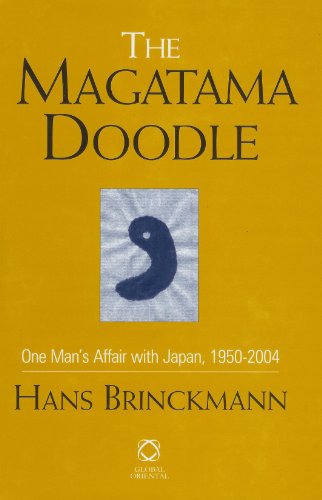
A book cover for The Magatama Doodle: One Man's Affair With Japan, 1950-2004; Hans Brinckmann; Travel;